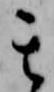
其